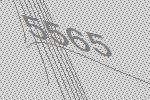
5565